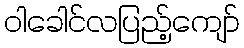
ဝါခေါင်လပြည့်ကျော်